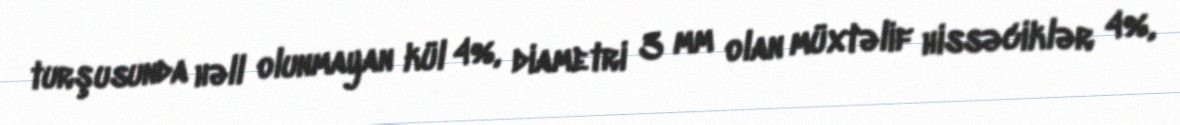
turşusunda həll olunmayan kül 4%, diametri 3 mm olan müxtəlif hissəciklər 4%,